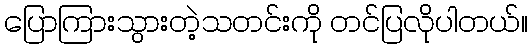
ပြောကြားသွားတဲ့သတင်းကို တင်ပြလိုပါတယ်။